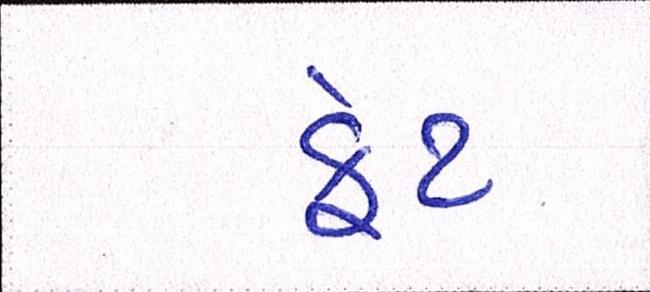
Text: ફેટ